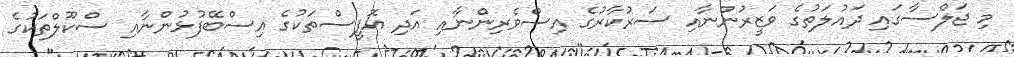
މި ޖަލްސާގައި ދައުލަތުގެ ވަޒީރުންނާއި ސަރުކާރުގެ އިސްވެރިންނާއި އަދި އޮފީސްތަކުގެ އިސްބޭފުޅުންނާއި ސްކޫލްތަކުގެ